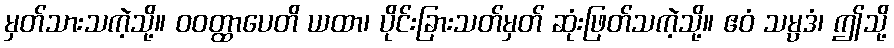
မှတ်သားသကဲ့သို့။ ဝဝတ္ထာပေတိ ယထာ၊ ပိုင်းခြားသတ်မှတ် ဆုံးဖြတ်သကဲ့သို့။ ဧဝံ သမ္ပဒံ၊ ဤသို့